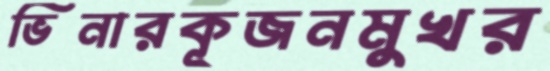
ভিনারকূজনমুখর